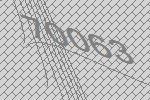
70063